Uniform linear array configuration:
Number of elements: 16
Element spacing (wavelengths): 0.25
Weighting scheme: hamming
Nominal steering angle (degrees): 0
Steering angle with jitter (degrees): -1.038
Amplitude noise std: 0.05
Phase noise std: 0.05

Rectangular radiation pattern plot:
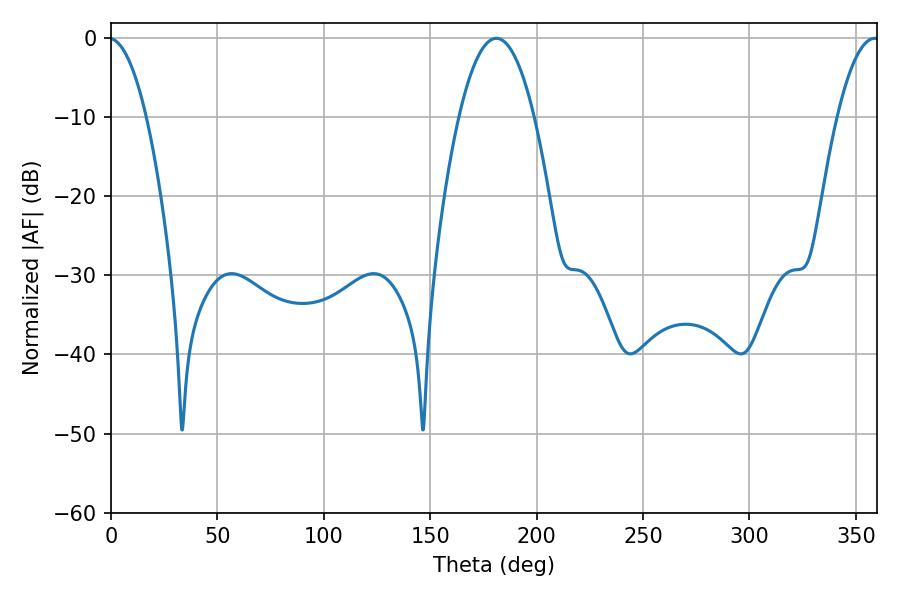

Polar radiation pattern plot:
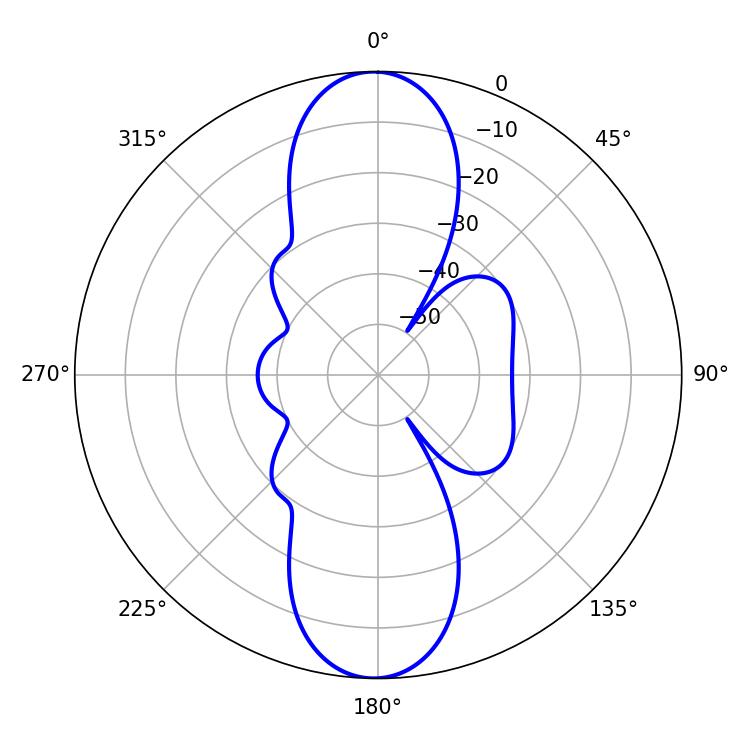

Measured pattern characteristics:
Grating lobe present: FALSE
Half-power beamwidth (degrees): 19.44
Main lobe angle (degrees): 181.08